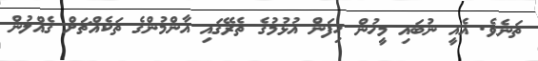
ތަނެވެ. އެއީ ނުބައި މީހުން ހިފަން އުޅުމުގެ ތެރޭގައި އާންމުންގެ ތަކެއްޗަށް ގެއްލުން